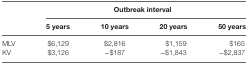
<table><thead><tr><td></td><td colspan="4"><b>Outbreak interval</b></td></tr><tr><td></td><td><b>5 years</b></td><td><b>10 years</b></td><td><b>20 years</b></td><td><b>50 years</b></td></tr></thead><tbody><tr><td>MLV</td><td>$6,129</td><td>$2,816</td><td>$1,159</td><td>$165</td></tr><tr><td>KV</td><td>$3,126</td><td>−$187</td><td>−$1,843</td><td>−$2,837</td></tr></tbody></table>